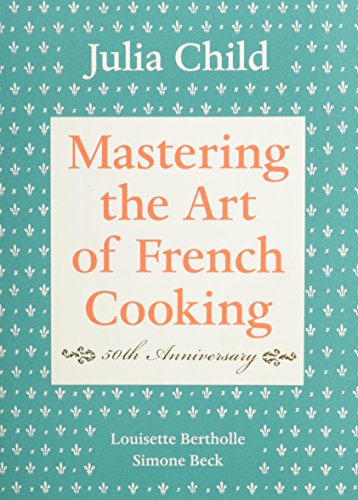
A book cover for Mastering the Art of French Cooking, Vol. 1; Julia Child; Cookbooks, Food & Wine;